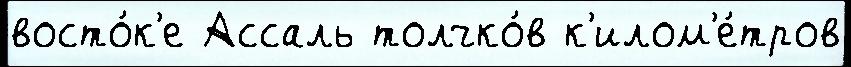
восто́к'е Ассаль толчко́в к'илом'е́тров